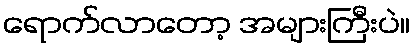
ရောက်လာတော့ အများကြီးပဲ။